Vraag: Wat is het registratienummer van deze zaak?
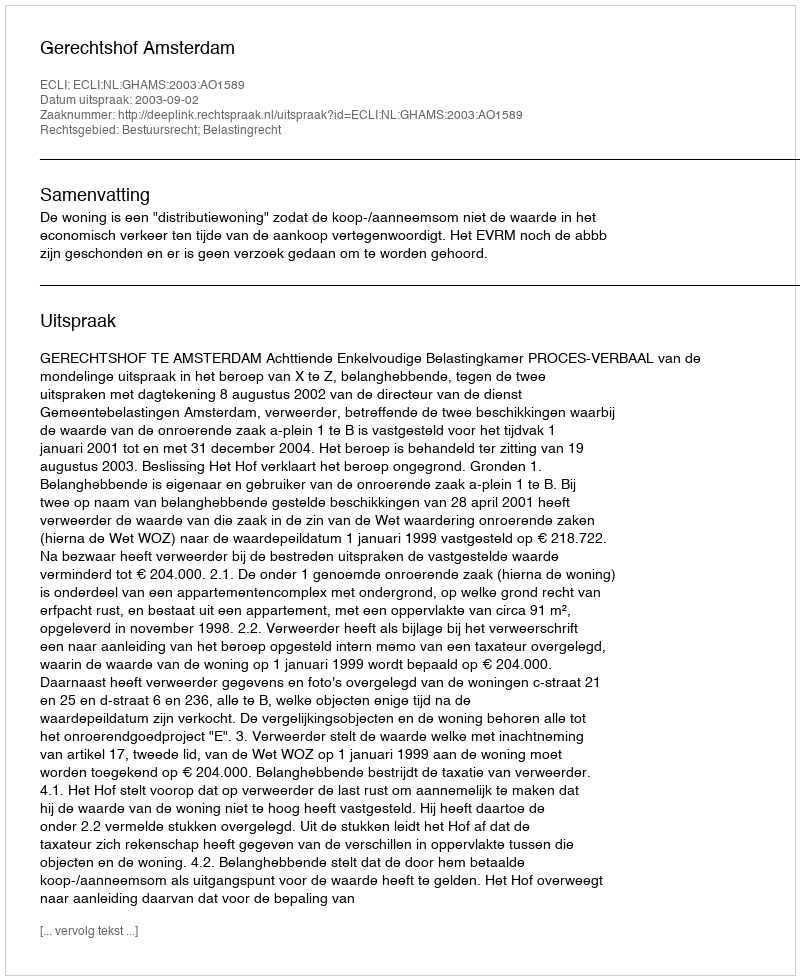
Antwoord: http://deeplink.rechtspraak.nl/uitspraak?id=ECLI:NL:GHAMS:2003:AO1589